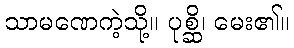
သာမဏေကဲ့သို့။ ပုစ္ဆိ၊ မေး၏။